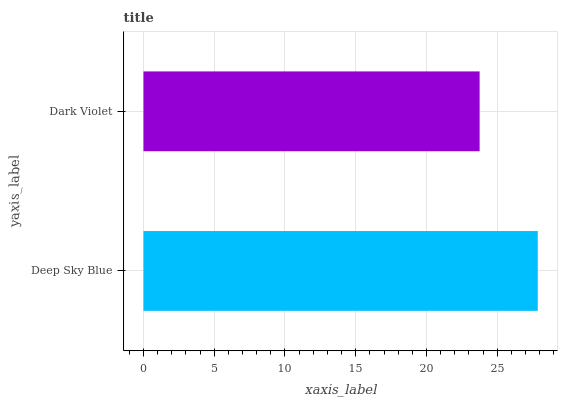
| yaxis_label | bars |
 | --- | --- |
 | Deep Sky Blue | 27.9 |
 | Dark Violet | 23.8 |